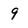
Character: 9